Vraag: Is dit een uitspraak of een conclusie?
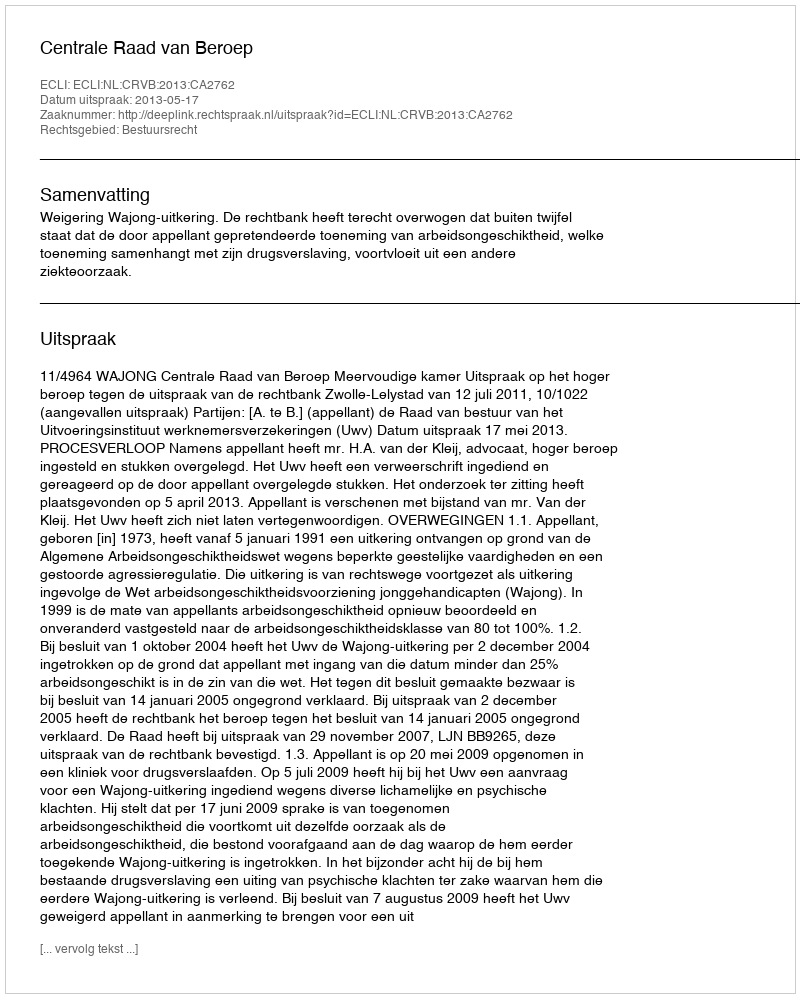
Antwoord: Uitspraak